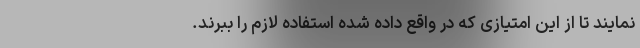
نمایند تا از این امتیازی که در واقع داده شده استفاده لازم را ببرند.